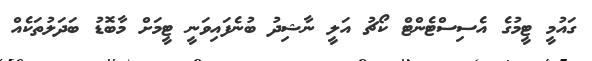
ގައުމީ ޓީމުގެ އެސިސްޓެންޓް ކޯޗު އަލީ ނާޝިދު ބުނެފައިވަނީ ޓީމަށް މާބޮޑު ބަދަލުތަކެއް